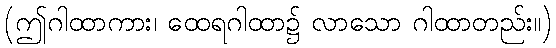
(ဤဂါထာကား၊ ထေရဂါထာ၌ လာသော ဂါထာတည်း။)